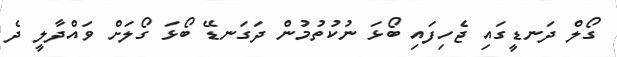
ގޯލް ދަނޑީގައި ޖެހިފައި ބޯޅަ ނުކުތުމުން ދަގަނޑޭ ބޯޅަ ގޯލަށް ވައްދާލީ ދެ